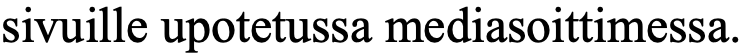
sivuille upotetussa mediasoittimessa.